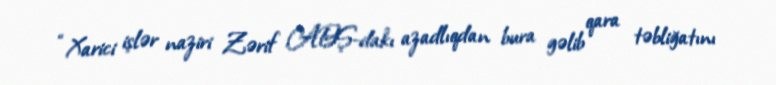
“Xarici işlər naziri Zərif ABŞ-dakı azadlıqdan bura gəlib qara təbliğatını